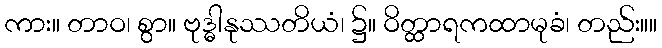
ကား။ တာဝ၊ စွာ။ ဗုဒ္ဓါနုဿတိယံ၊ ၌။ ဝိတ္ထာရကထာမုခံ၊ တည်း။။